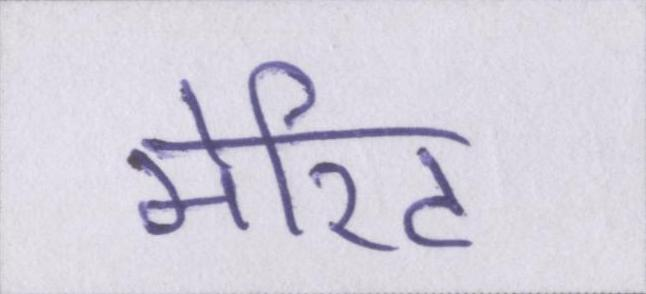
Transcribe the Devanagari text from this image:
मेरिट